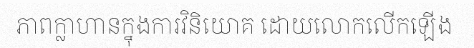
ភាពក្លាហានក្នុងការវិនិយោគ ដោយលោកលើកឡើង